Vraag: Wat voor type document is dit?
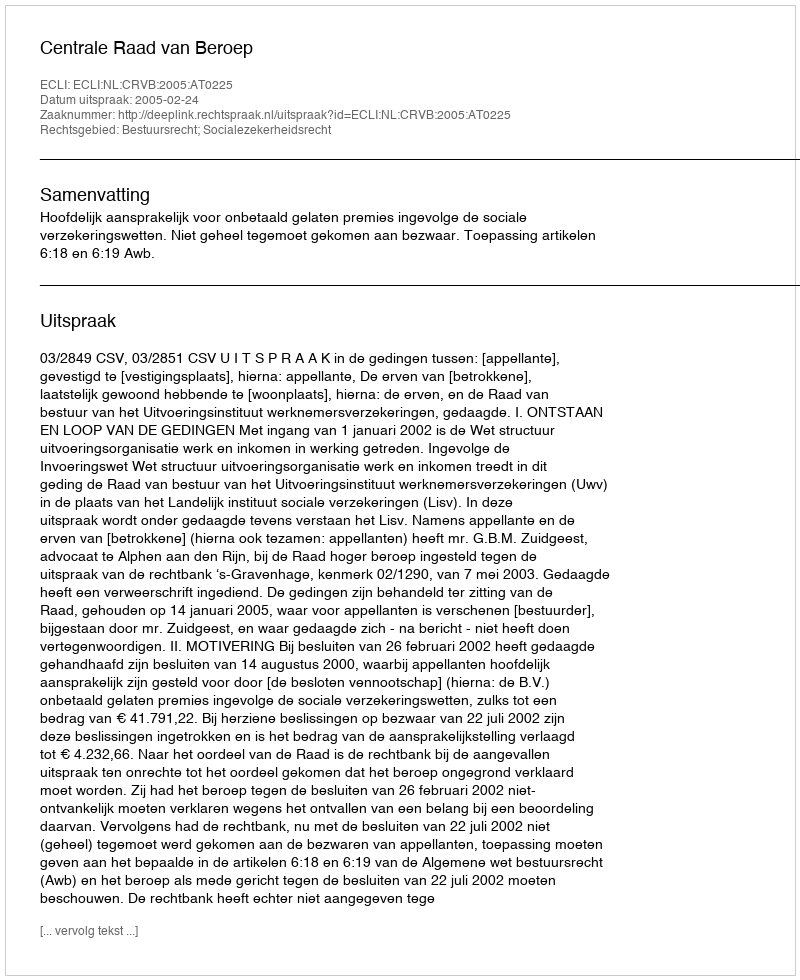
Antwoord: Uitspraak